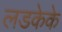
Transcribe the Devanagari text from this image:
लडकेके